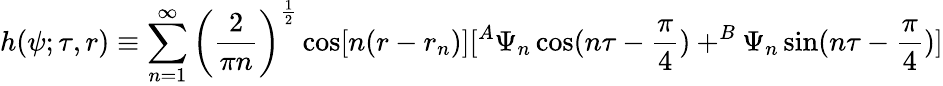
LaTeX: h(\psi;\tau,r)\equiv\sum_{n=1}^{\infty}\left(\frac 2{\pi n}\right)^{\frac 12}\cos[n(r-r_{n})][^{A}\Psi_{n}\cos(n\tau-\frac\pi 4)+^{B}\Psi_{n}\sin(n\tau-\frac\pi 4)]